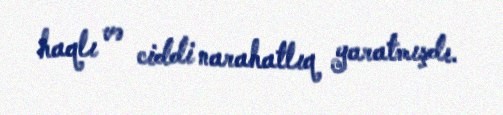
haqlı və ciddi narahatlıq yaratmışdı.